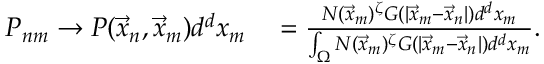
\begin{array} { r l } { P _ { n m } \rightarrow P ( \vec { x } _ { n } , \vec { x } _ { m } ) d ^ { d } x _ { m } } & { { } = \frac { N ( \vec { x } _ { m } ) ^ { \zeta } G ( | \vec { x } _ { m } - \vec { x } _ { n } | ) d ^ { d } x _ { m } } { \int _ { \Omega } N ( \vec { x } _ { m } ) ^ { \zeta } G ( | \vec { x } _ { m } - \vec { x } _ { n } | ) d ^ { d } x _ { m } } . } \end{array}